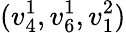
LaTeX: (v_{4}^{1},v_{6}^{1},v_{1}^{2})